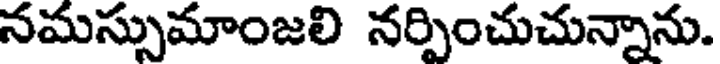
నమస్సుమాంజలి నర్పించుచున్నాను.